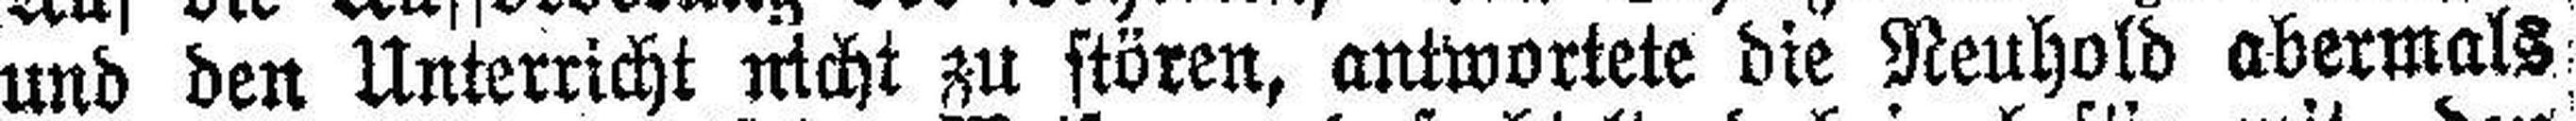
und den Unterricht nicht zu stören, antwortete die Neuhold abermals